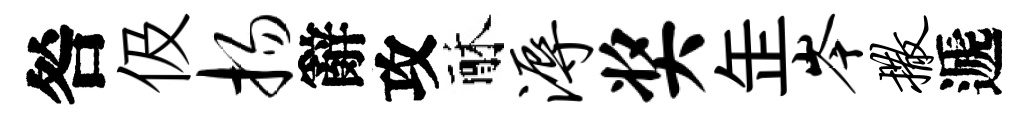
咎伋扬辭攻酥溽奖𦈢岑撒遞